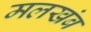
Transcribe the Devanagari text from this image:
मलखंब